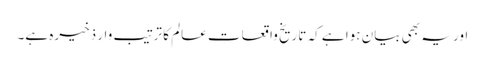
اور یہ بھی بیان ہوا ہے کہ تاریخ واقعاتِ عالم کا ترتیب وار ذخیرہ ہے۔